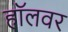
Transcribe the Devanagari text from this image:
हॉलवर